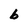
Character: b